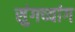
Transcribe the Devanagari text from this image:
सुंगच्यांग